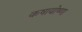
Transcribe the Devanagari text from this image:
कषायोष्णा